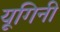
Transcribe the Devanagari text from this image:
यूगिनी